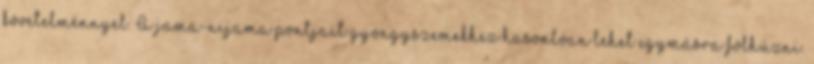
követelménnyel. A jama-nijama pontjait gyöngyszemekhez hasonlóan lehet egymásra fölhúzni.